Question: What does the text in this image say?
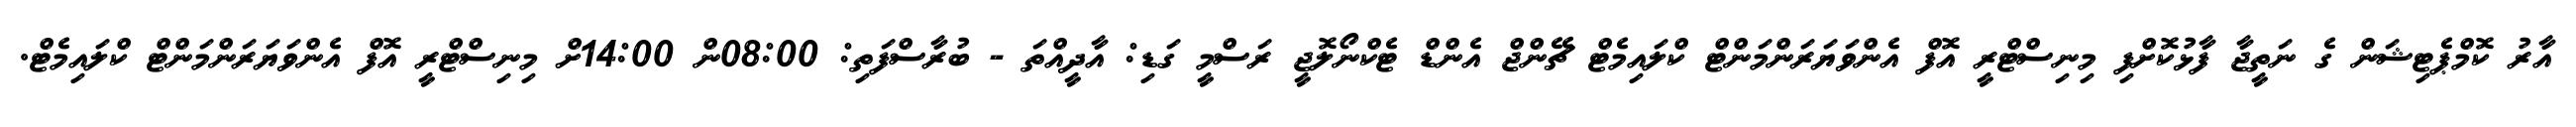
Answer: އާރު ކޮމްޕެޓިޝަން ގެ ނަތީޖާ ފާޅުކޮށްފި މިނިސްޓްރީ އޮފް އެންވަޔަރަންމަންޓް ކްލައިމެޓް ޗޭންޖް އެންޑް ޓެކްނޯލޮޖީ ރަސްމީ ގަޑި: އާދީއްތަ - ބުރާސްފަތި: 08:00ން 14:00ށް މިނިސްޓްރީ އޮފް އެންވަޔަރަންމަންޓް ކްލައިމެޓް.